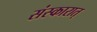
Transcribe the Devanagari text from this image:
संस्कारात्